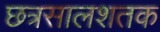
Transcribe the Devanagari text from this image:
छत्रसालशतक